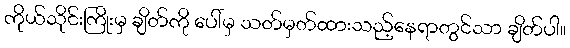
ကိုယ်သိုင်းကြိုးမှ ချိတ်ကို ပေါ်မှ သတ်မှတ်ထားသည့်နေရာတွင်သာ ချိတ်ပါ။